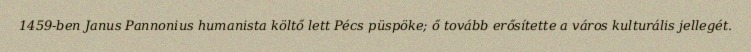
1459-ben Janus Pannonius humanista költő lett Pécs püspöke; ő tovább erősítette a város kulturális jellegét.